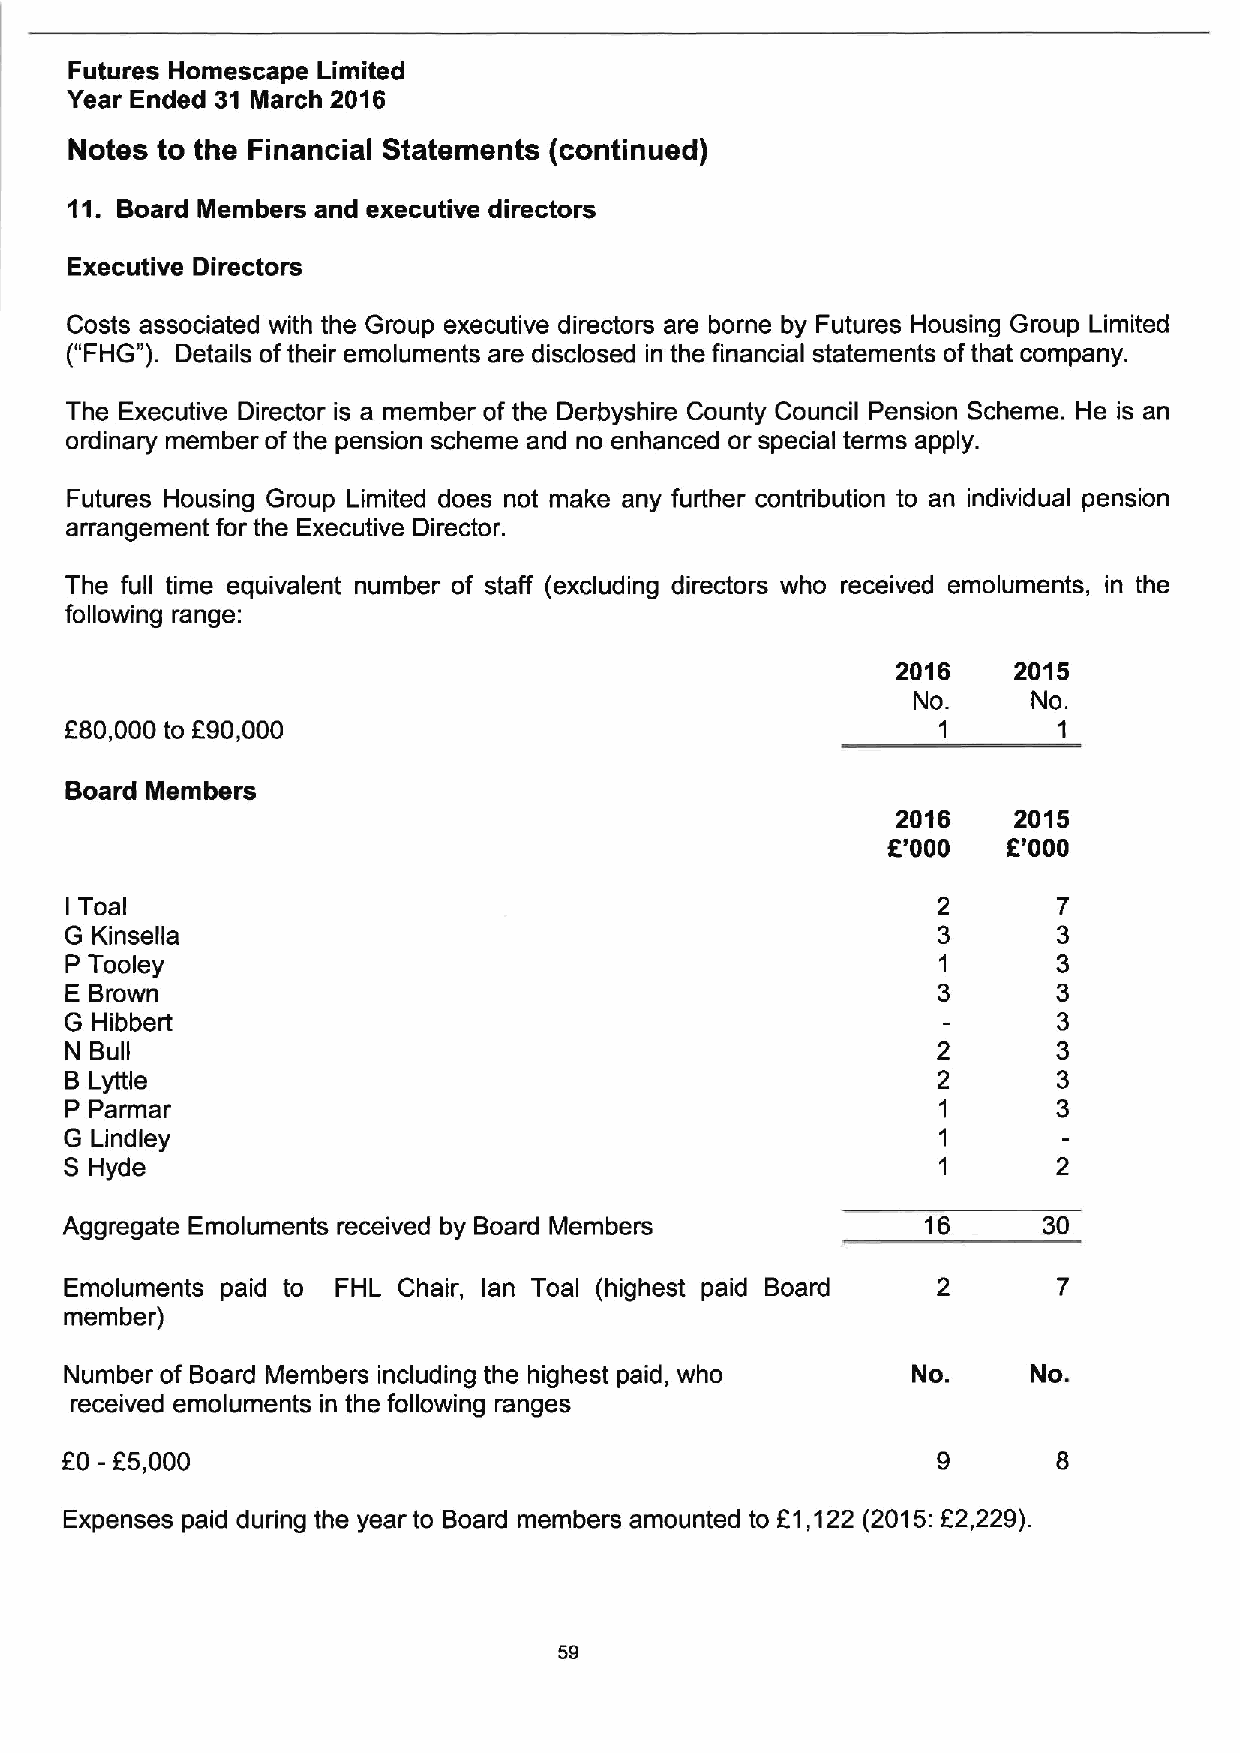
Futures Homescape Limited
 Year Ended 31 March 2016
 Notes to the Financial Statements (continued)
 11. Board Members and executive directors
 Executive Directors
 Costs associated with the Group executive directors are borne by Futures Housing Group Limited
 ("FHG"). Details oftheir emoluments are disclosed in the financial statements ofthat company.
 The Executive Director is a member of the Derbyshire County Council Pension Scheme. He is an
 ordinary member ofthe pension scheme and no enhanced or special terms apply.
 Futures Housing Group Limited does not make any further contribution to an individual pension
 arrangement for the Executive Director.
 The full time equivalent number of staff (excluding directors who received emoluments, in the
 following range:
 2016    2015
 No.     No.
 f
 f80,000 to 90,000                                         1       1
 Board Members
 2016    2015
 R'000   f'000
 Toal
 I
 G Kinsella
 P Tooley
 E Brown
 G Hibbert
 N Bull
 B Lyttle
 P Parmar
 G Lindley
 S Hyde
 Aggregate Emoluments received by Board Members           16      30
 Emoluments paid to FHL Chair, lan Toal (highest paid Board 2      7
 member)
 Number of Board Members including the highest paid, who No.     No.
 received emoluments in the following ranges
 EO - E5,000
 Expenses paid during the year to Board members amounted to E1,122 (2015:E2,229).